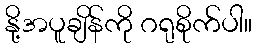
နို့အပူချိန်ကို ဂရုစိုက်ပါ။